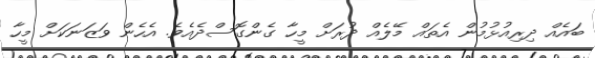
ބައެއް ދިރިއުޅުމުން އެތައް މޭލެއް ދުރަށް މީހާ ގެންގޮސްދެއެވެ. އެހެން ވަޒަނަކަށް މީހާ